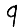
Digit: 9